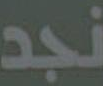
نجد